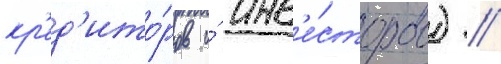
кр'ед'ито́ров и́ инв'е́сторов) //